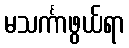
မသင်္ကာဖွယ်ရာ